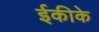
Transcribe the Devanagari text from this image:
ईकीके